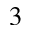
^ { 3 }